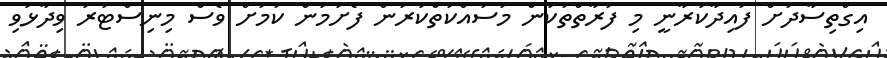
އިގްތިސާދަށް ފައިދާކުރާނީ މި ފަރާތްތަކުން މަސައްކަތްކުރަން ފެށުމުން ކަމަށް ވެސް މިނިސްޓަރު ވިދާޅުވި